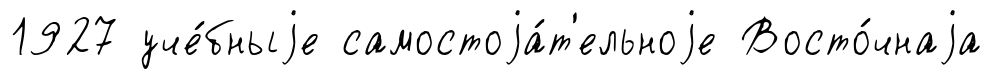
1927 уче́бныjе самостоjа́т'ельноjе Восто́чнаjа